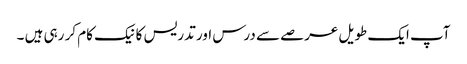
آپ ایک طویل عرصے سے درس اور تدریس کا نیک کام کر رہی ہیں ۔